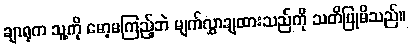
ချာရုက သူ့ကို မော့မကြည့်ဘဲ မျက်လွှာချထားသည်ကို သတိပြုမိသည်။